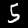
Digit: 5